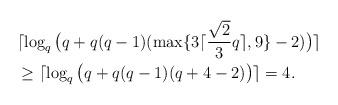
LaTeX: \begin{align*}&\lceil\log_q\big(q+q(q-1)(\max\{3\lceil\frac{\sqrt{2}}{3}q\rceil,9\}-2)\big)\rceil\\&\geq \lceil\log_q\big(q+q(q-1)(q+4-2)\big)\rceil=4.\end{align*}